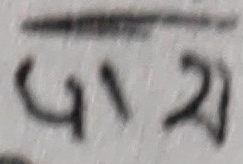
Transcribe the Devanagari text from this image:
गय